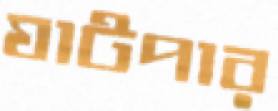
ঘাটপার